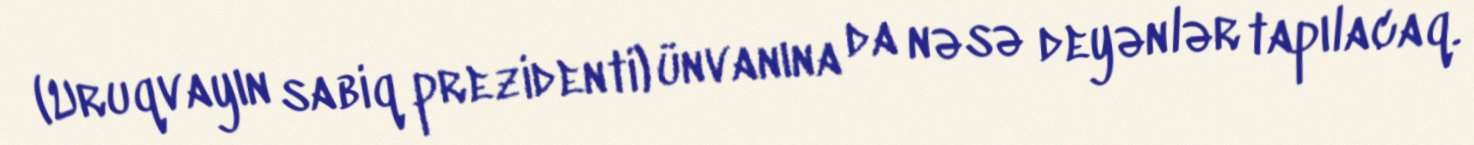
(Uruqvayın sabiq prezidenti) ünvanına da nəsə deyənlər tapılacaq.